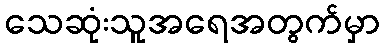
သေဆုံးသူအရေအတွက်မှာ